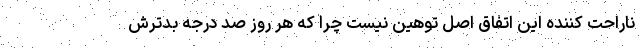
ناراحت کننده این اتفاق اصل توهین نیست چرا که هر روز صد درجه بدترش